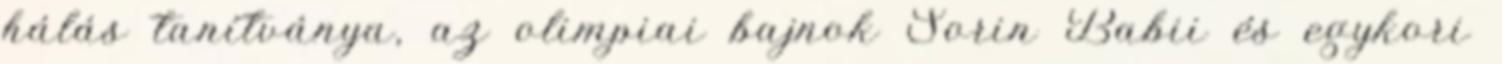
hálás tanítványa, az olimpiai bajnok Sorin Babii és egykori